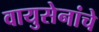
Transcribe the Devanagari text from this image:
वायुसेनांचे